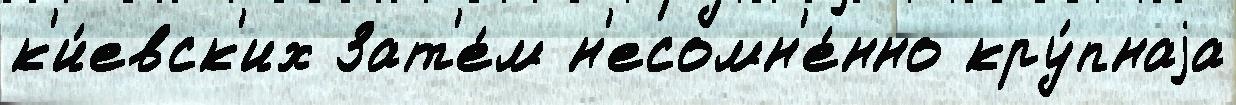
к'и́евск'их Зат'е́м н'есомн'е́нно кру́пнаjа